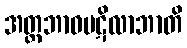
အတ္တဘာဝပဋိလာဘာတိ